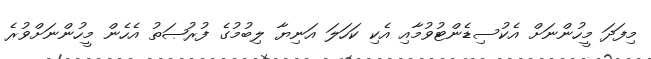
މިފަދަ މީހުންނަށް އެކުސިޑެންޓުވުމާއި އެކި ކަހަލަ އަނިޔާ ލިބުމުގެ ފުރުޞަތު އެހެން މީހުންނަށްވުރެ